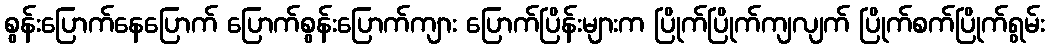
စွန်းပြောက်နေပြောက် ပြောက်စွန်းပြောက်ကျား ပြောက်ပြိန်းများက ပြိုက်ပြိုက်ကျလျက် ပြိုက်စက်ပြိုက်ရွမ်း